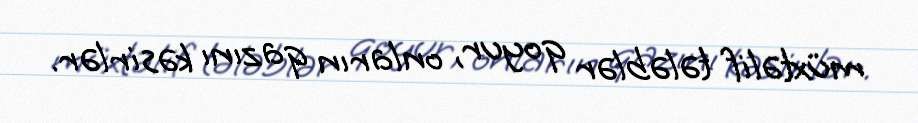
müxtəlif tələblər qoyur, onların qazını kəsirlər.